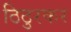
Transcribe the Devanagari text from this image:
ठिठुरकर